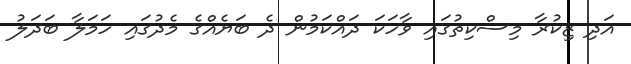
އަދި ޒިކުރާ މިސްކިތުގައި ވާހަކަ ދައްކަމުން ދެ ބަޔެއްގެ މެދުގައި ހަމަލާ ބަދަލު